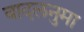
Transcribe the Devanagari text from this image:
बादलनुमा